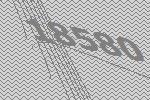
18580